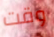
وقت